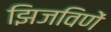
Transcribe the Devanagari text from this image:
झिजविणें